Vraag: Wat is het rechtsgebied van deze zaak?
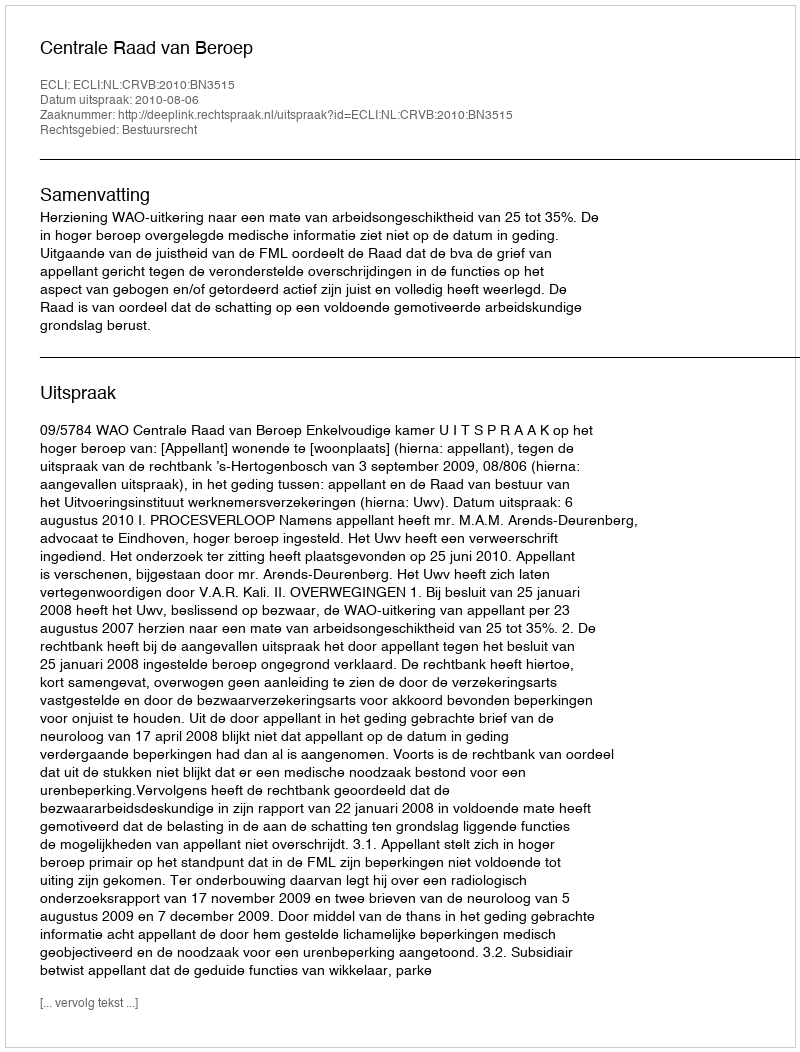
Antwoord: Bestuursrecht